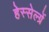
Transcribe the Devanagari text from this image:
हेस्सेल्ग्रें